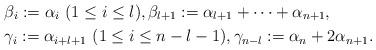
LaTeX: \begin{align*}&\beta_i:=\alpha_i\ (1\leq i\leq l), \beta_{l+1}:=\alpha_{l+1}+\cdots+\alpha_{n+1}, \\&\gamma_i:=\alpha_{i+l+1}\ (1\leq i\leq n-l-1), \gamma_{n-l}:=\alpha_{n}+2\alpha_{n+1}.\end{align*}